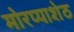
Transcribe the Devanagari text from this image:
मोरप्पाशेठ